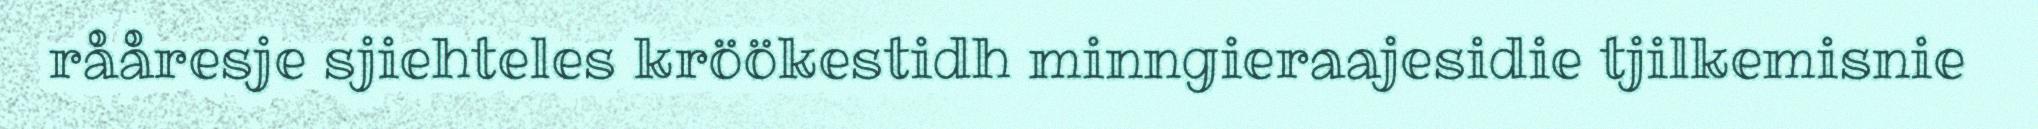
rååresje sjiehteles kröökestidh minngieraajesidie tjilkemisnie